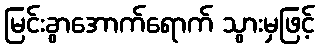
မြင်းခွာအောက်ရောက် သွားမှဖြင့်